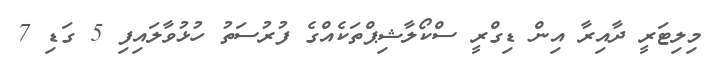
މިލިޓަރީ ދާއިރާ އިން ޑިގްރީ ސްކޯލާޝިޕްތަކެއްގެ ފުރުސަތު ހުޅުވާލައިފި 5 ގަޑި 7